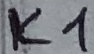
Text: K1